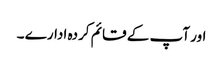
اور آپ کے قائم کردہ ادارے ۔